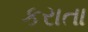
કરાતા